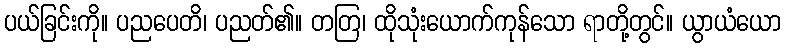
ပယ်ခြင်းကို။ ပညပေတိ၊ ပညတ်၏။ တတြ၊ ထိုသုံးယောက်ကုန်သော ရာတို့တွင်။ ယွာယံယော